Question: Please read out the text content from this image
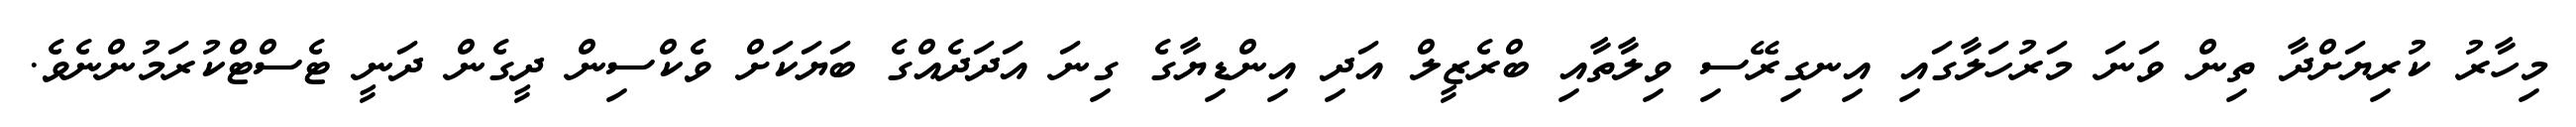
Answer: މިހާރު ކުރިޔަށްދާ ތިން ވަނަ މަރުހަލާގައި އިނގިރޭސި ވިލާތާއި ބްރެޒީލް އަދި އިންޑިޔާގެ ގިނަ އަދަދެއްގެ ބަޔަކަށް ވެކްސިން ދީގެން ދަނީ ޓެސްޓްކުރަމުންނެވެ.